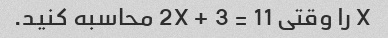
X را وقتی 2X + 3 = 11 محاسبه کنید.